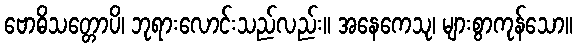
ဗောဓိသတ္တောပိ၊ ဘုရားလောင်းသည်လည်း။ အနေကေသု၊ များစွာကုန်သော။